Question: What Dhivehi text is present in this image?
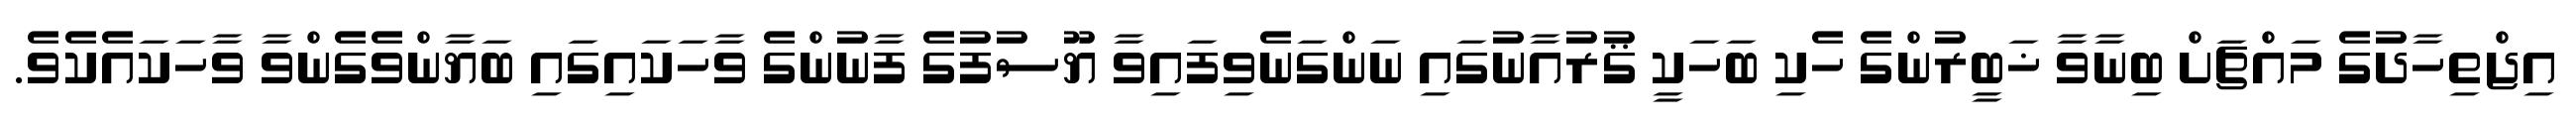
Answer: އިޖްތިހާދުގެ މައްޗަށް ބިނާވާ ޚަބީރުންގެ ހެކި ބަހަކީ ޤުރުއާނުގައި ނަންގަނެވިފައިވާ ޔޫސުފުގެ ފާނުންގެ ވާހަކައިގައި ބަޔާންވެގެންވާ ވާހަކައެކެވެ.